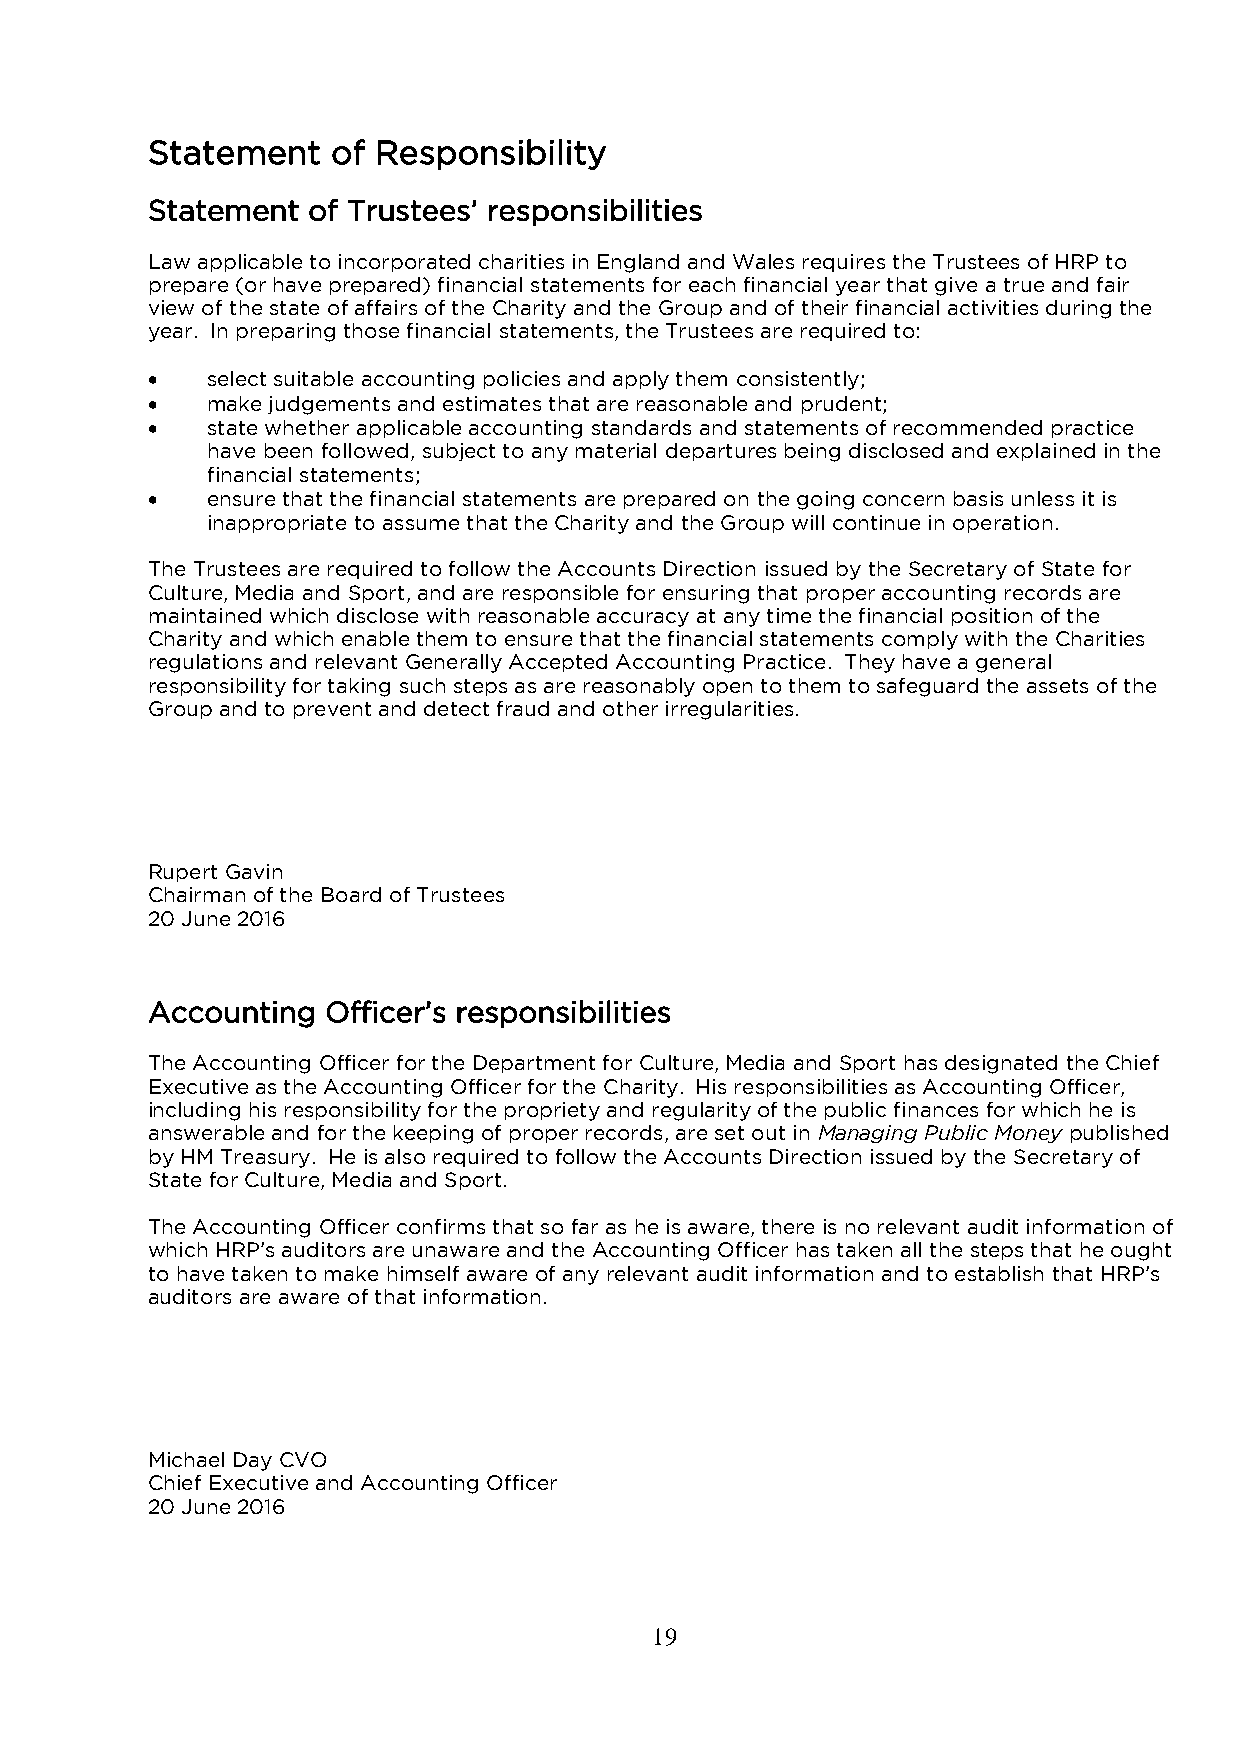
Statement   of Responsibility
 Statement of Trustees’ responsibilities
 Law applicable to incorporated charities in England and Wales requires the Trustees of HRP to
 prepare (or have prepared) financial statements for each financial year that give a true and fair
 view of the state of affairs of the Charity and the Group and of their financial activities during the
 year. In preparing those financial statements, the Trustees are required to:
    select suitable accounting policies and apply them consistently;
    make judgements and estimates that are reasonable and prudent;
    state whether applicable accounting standards and statements of recommended practice
 have been followed, subject to any material departures being disclosed and explained in the
 financial statements;
    ensure that the financial statements are prepared on the going concern basis unless it is
 inappropriate to assume that the Charity and the Group will continue in operation.
 The Trustees are required to follow the Accounts Direction issued by the Secretary of State for
 Culture, Media and Sport, and are responsible for ensuring that proper accounting records are
 maintained which disclose with reasonable accuracy at any time the financial position of the
 Charity and which enable them to ensure that the financial statements comply with the Charities
 regulations and relevant Generally Accepted Accounting Practice. They have a general
 responsibility for taking such steps as are reasonably open to them to safeguard the assets of the
 Group and to prevent and detect fraud and other irregularities.
 Rupert Gavin
 Chairman of the Board of Trustees
 20 June 2016
 Accounting  Officer’s responsibilities
 The Accounting Officer for the Department for Culture, Media and Sport has designated the Chief
 Executive as the Accounting Officer for the Charity. His responsibilities as Accounting Officer,
 including his responsibility for the propriety and regularity of the public finances for which he is
 answerable and for the keeping of proper records, are set out in Managing Public Money published
 by HM Treasury. He is also required to follow the Accounts Direction issued by the Secretary of
 State for Culture, Media and Sport.
 The Accounting Officer confirms that so far as he is aware, there is no relevant audit information of
 which HRP’s auditors are unaware and the Accounting Officer has taken all the steps that he ought
 to have taken to make himself aware of any relevant audit information and to establish that HRP’s
 auditors are aware of that information.
 Michael Day CVO
 Chief Executive and Accounting Officer
 20 June 2016
 19